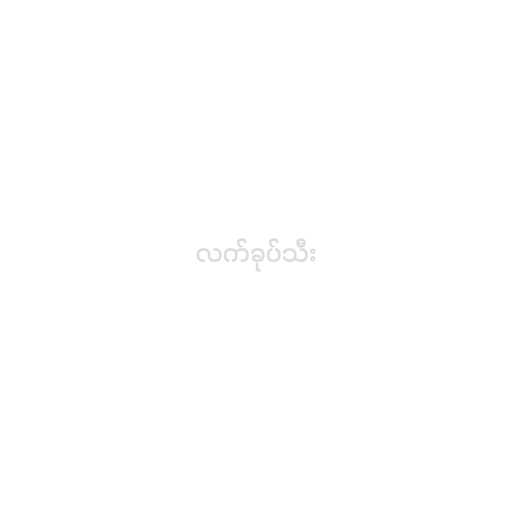
လက်ခုပ်သီး